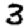
Digit: 3